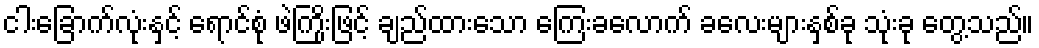
ငါးခြောက်လုံးနှင့် ရောင်စုံ ဖဲကြိုးဖြင့် ချည်ထားသော ကြေးခလောက် ခလေးများနှစ်ခု သုံးခု တွေ့သည်။